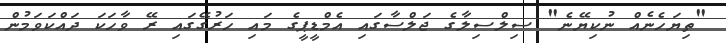
"ތިޔަހެނެއް ނުކިޔޭނެ" ސިލްސިލާގެ ޖަލްސާގައި އެމްޑީޕީގެ މައި ހަރުގޭގައި ރޭ ވާހަކަ ދައްކަވަމުން